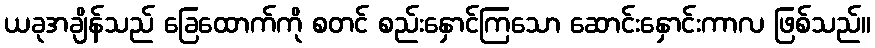
ယခုအချိန်သည် ခြေထောက်ကို စတင် စည်းနှောင်ကြသော ဆောင်းနှောင်းကာလ ဖြစ်သည်။